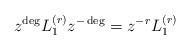
LaTeX: \begin{align*} z^{\deg} L_{1}^{(r)}z^{-\deg}=z^{-r}L_{1}^{(r)}\end{align*}